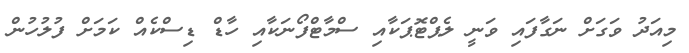
މިއަދު ވަގަށް ނަގާފައި ވަނީ ލެޕްޓޮޕަކާއި ސްމާޓްފޯނަކާއި ހާޑް ޑިސްކެއް ކަމަށް ފުލުހުން